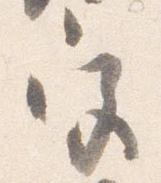
宮